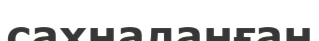
сахналанған